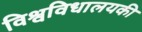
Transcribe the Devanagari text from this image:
विश्वविधालयकी